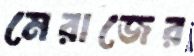
মেরাজের